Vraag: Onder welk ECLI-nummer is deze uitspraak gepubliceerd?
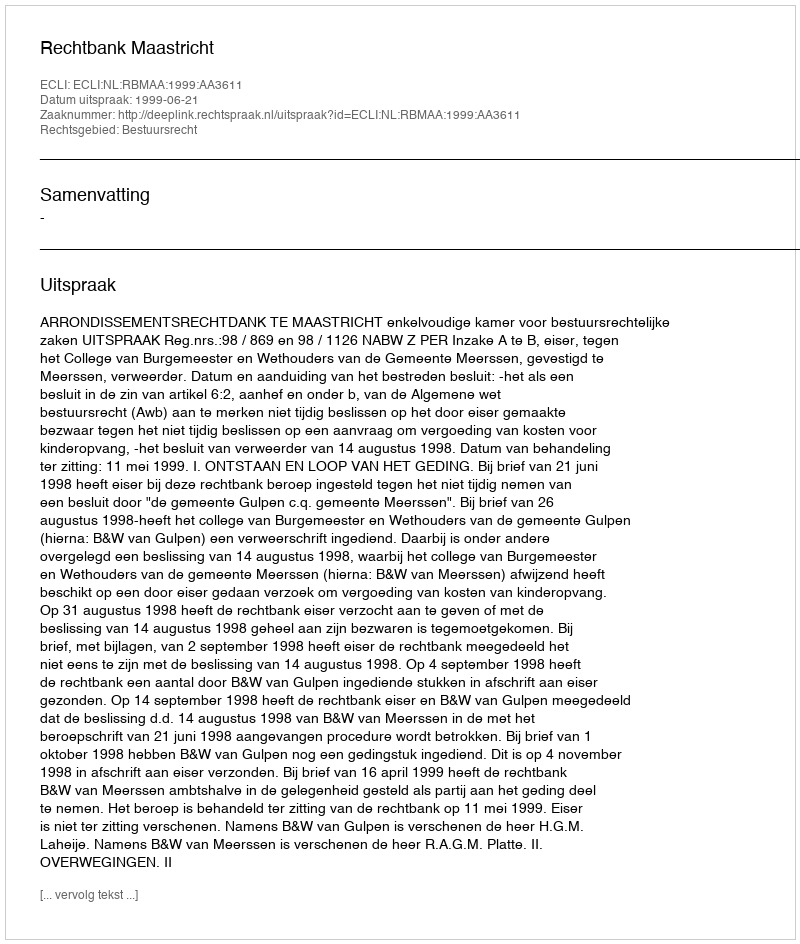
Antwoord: ECLI:NL:RBMAA:1999:AA3611